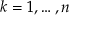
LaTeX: k = 1 , \dotsc , n